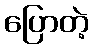
ပြောတဲ့